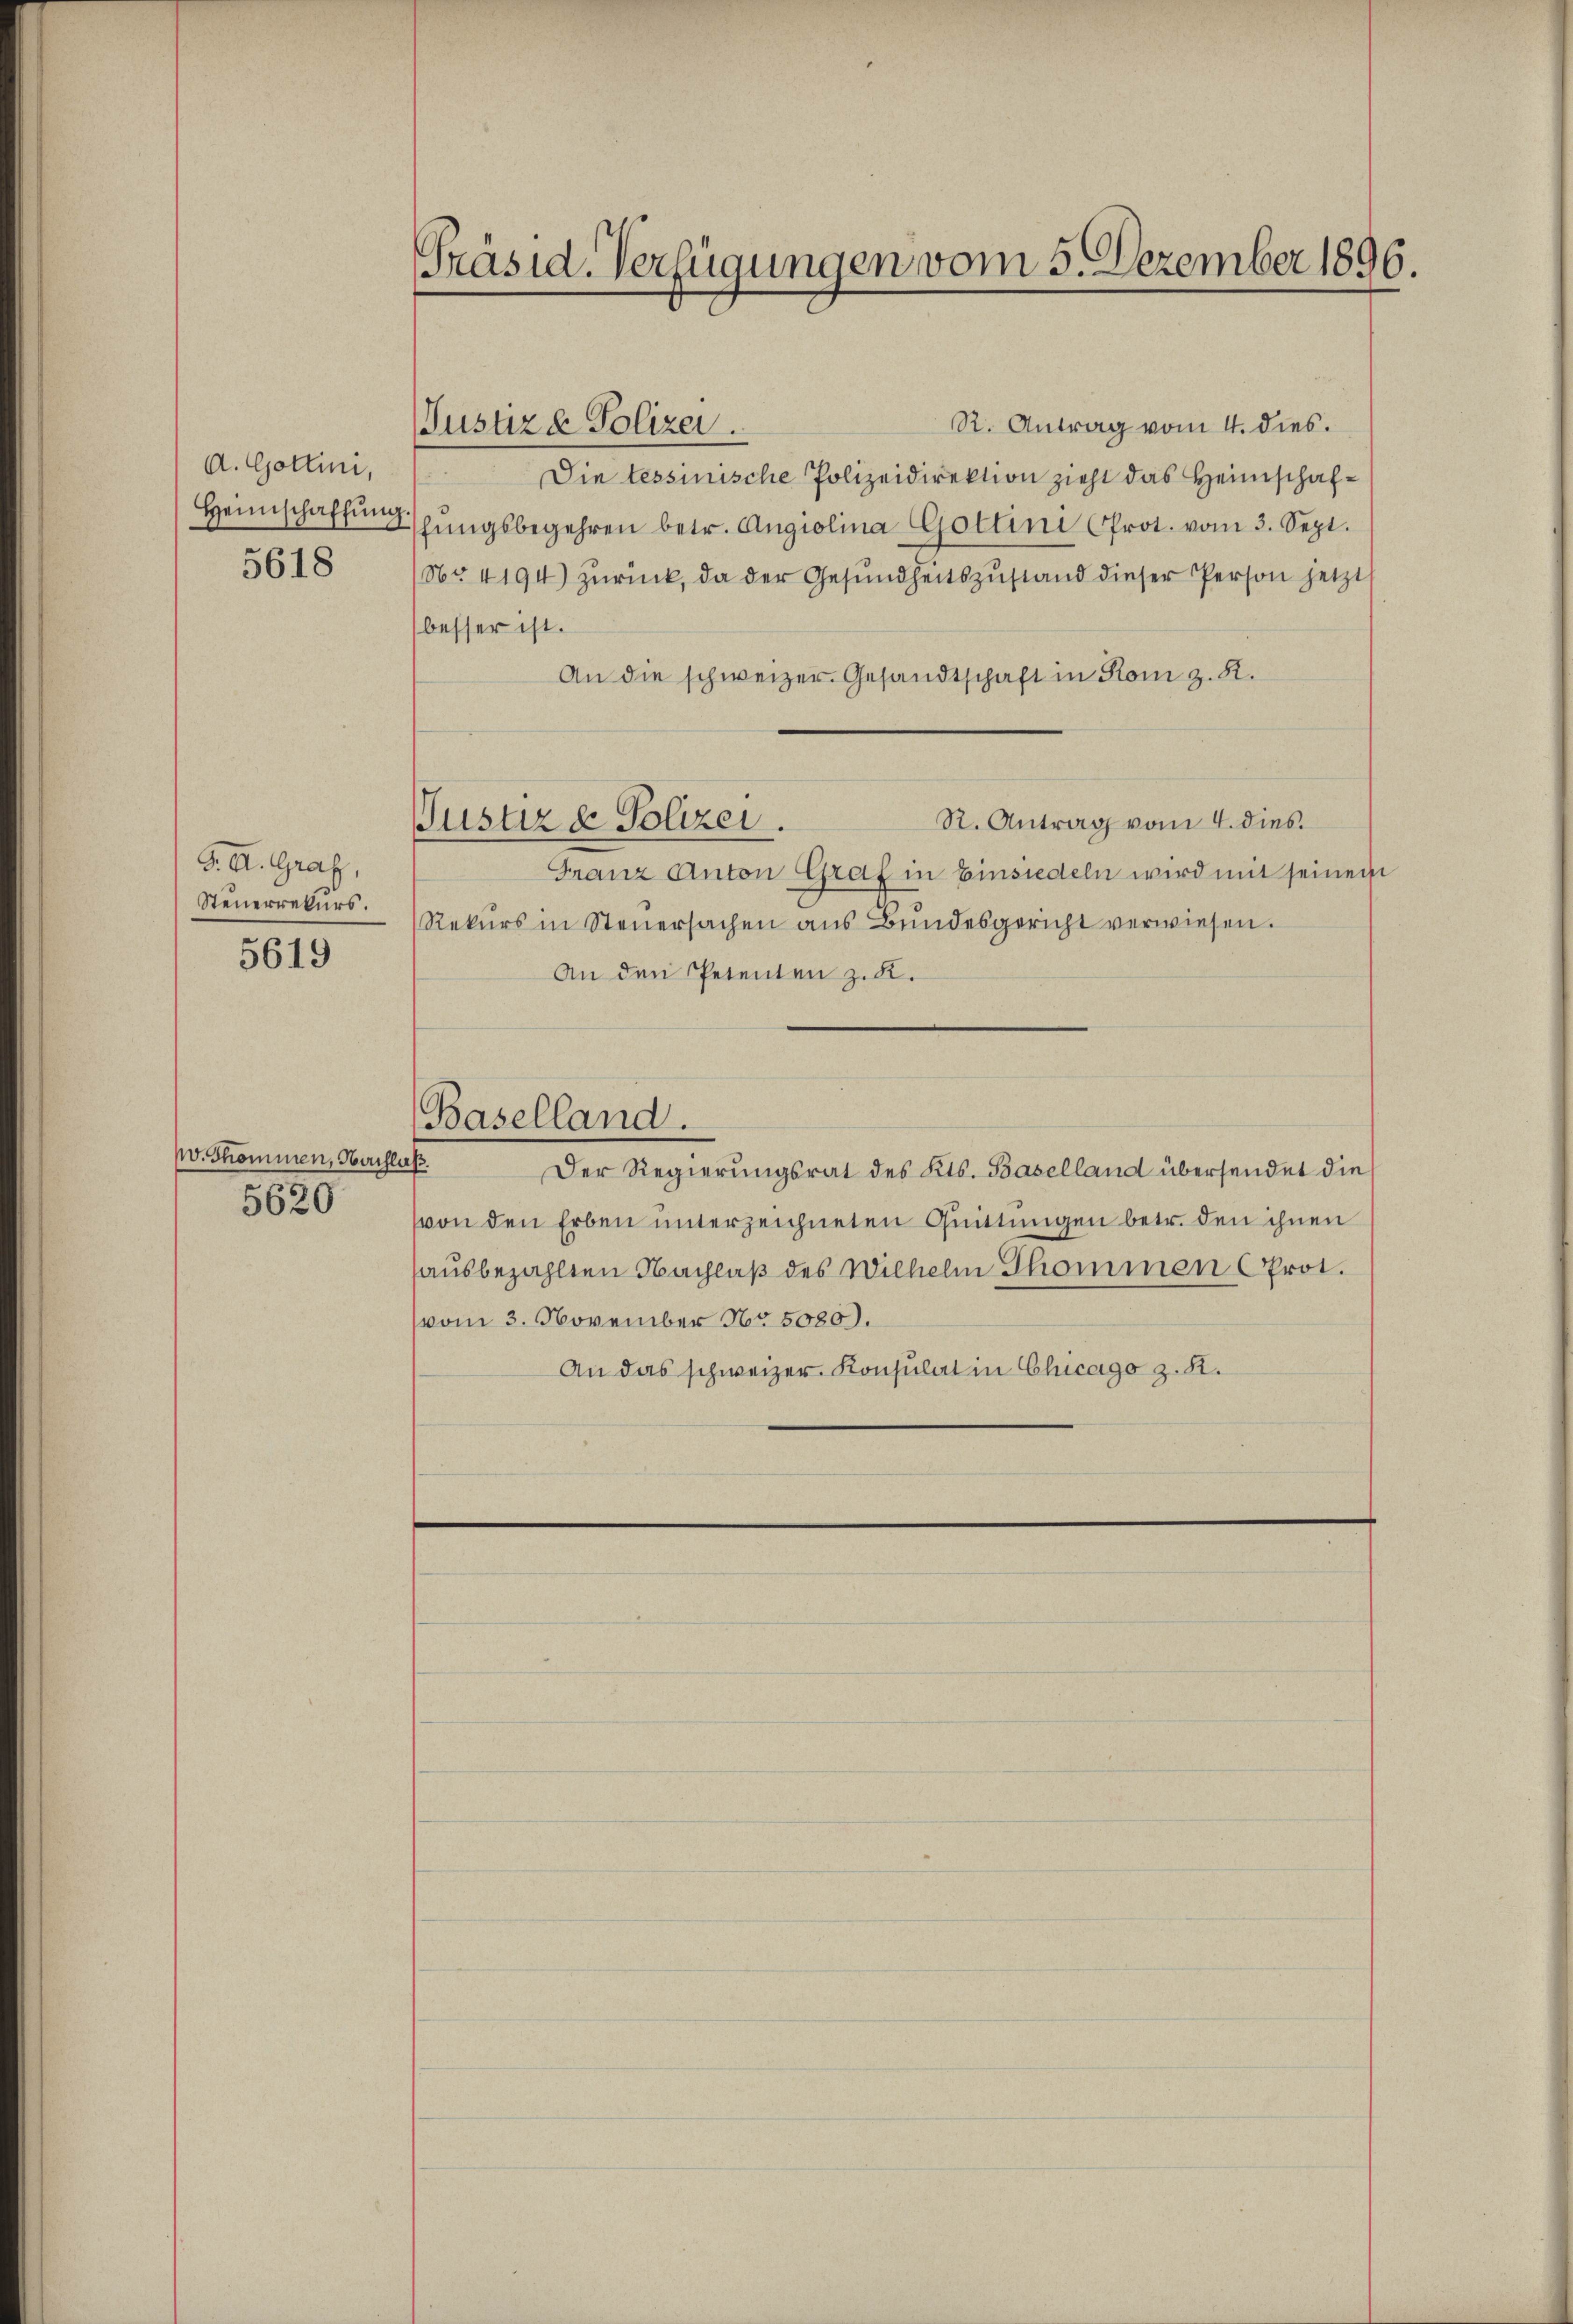
A. Gottini,
Heimschaffung
5618

d. A. Graf,
Steuerrekurs.

5619

v. Thommen, Nachlaß.
5620

Präsid. Verfügungen vom 5. Dezember 1896.

Jusuze Polizei.

Justiz & Polizei.

R. Antrag vom 4. dies.
Die tessinische Polizeidirektion zieht das Heimschaffŭngsbegehren betr. Angiolina Gottini Prot. vom 3. Sept.
(Nr 4194) zurück, da der Gesundheitszustand dieser Person jetzt
besser ist.
An die schweizer. Gesandtschaft in Rom z. B.
R. Antrag vom 4. dies
Franz Anton Graf in Einsiedeln wird mit seinem
Rekurs in Steŭersachen ans Bŭndesgericht verwiesen.
An den Petenten z. K.
Baselland.
Der Regierungsrat des Kts. Baselland übersendet die
von den Erben unterzeichneten Quittungen betr. den ihnen
hausbezahlten Nachlaß des Wilhelm Thommen Prot.
vom 3. November Nr. 5080).
An das schweizer Konsulat in Chicago z. R.